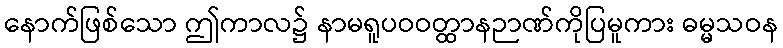
နောက်ဖြစ်သော ဤကာလ၌ နာမရူပဝဝတ္ထာနဉာဏ်ကိုပြမူကား ဓမ္မသဝန